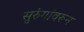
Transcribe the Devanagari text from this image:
सुरुंगांवरून